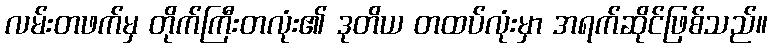
လမ်းတဖက်မှ တိုက်ကြီးတလုံး၏ ဒုတိယ တထပ်လုံးမှာ အရက်ဆိုင်ဖြစ်သည်။